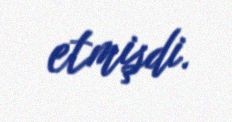
etmişdi.